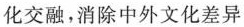
化交融，消除中外文化差异